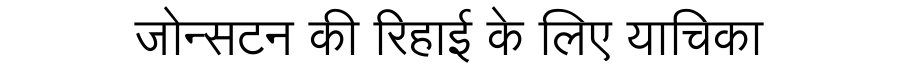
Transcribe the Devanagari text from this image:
जोन्सटन की रिहाई के लिए याचिका